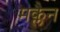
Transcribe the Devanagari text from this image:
मक्लैन